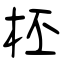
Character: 柸